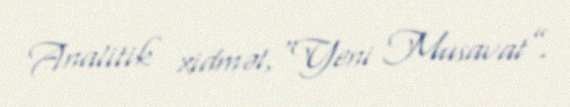
Analitik xidmət,“Yeni Musavat”.